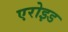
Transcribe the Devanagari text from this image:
एरोइड